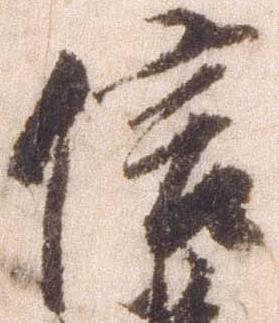
信